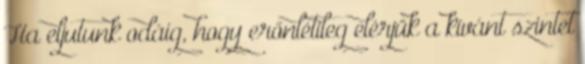
Ha eljutunk odáig, hogy erőnlétileg elérjük a kívánt szintet